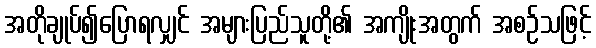
အတိုချုပ်၍ပြောရလျှင် အများပြည်သူတို့၏ အကျိုးအတွက် အစဉ်သဖြင့်